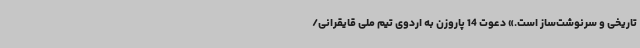
تاریخی و سرنوشت‌ساز است.» دعوت 14 پاروزن به اردوی تیم ملی قایقرانی/